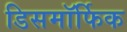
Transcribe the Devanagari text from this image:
डिसमॉर्फिक